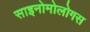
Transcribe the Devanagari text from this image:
साइनोमोलोगस